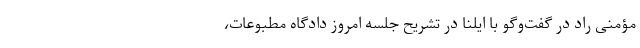
مؤمنی راد در گفت‌وگو با ایلنا در تشریح جلسه امروز دادگاه مطبوعات،